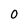
Character: O